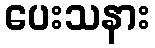
ပေးသနား